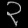
Digit: ၃